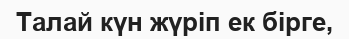
Талай күн жүріп ек бірге,